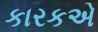
કારકએ